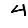
Digit: 4